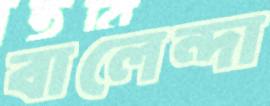
বালেন্দা